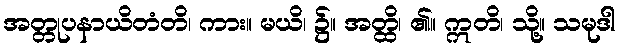
အတ္တုပနာယိတံတိ၊ ကား။ မယိ၊ ၌။ အတ္ထိ၊ ၏။ ဣတိ၊ သို့။ သမုဒါ